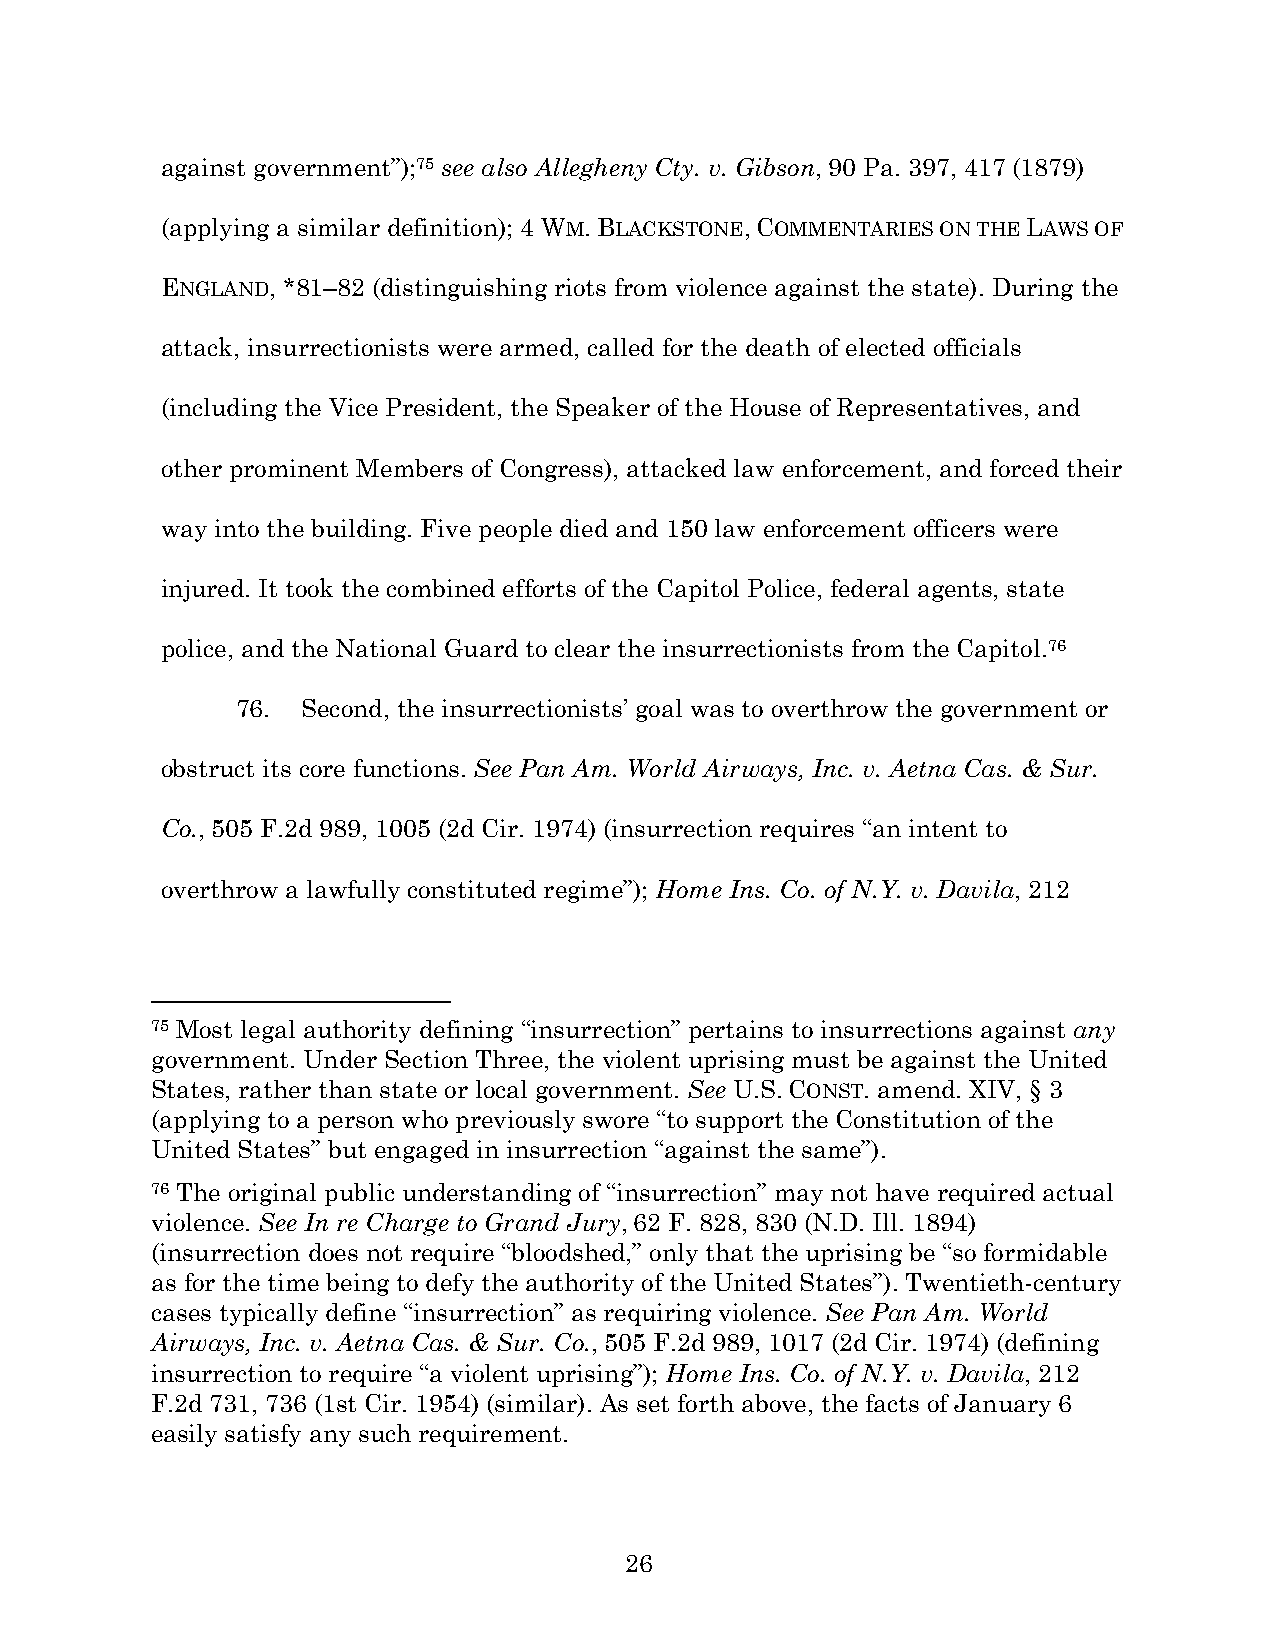
against government”);75 see also Allegheny Cty. v. Gibson, 90 Pa. 397, 417 (1879)
 (applying a similar definition); 4 WM. BLACKSTONE, COMMENTARIES ON THE LAWS OF
 ENGLAND, *81–82 (distinguishing riots from violence against the state). During the
 attack, insurrectionists were armed, called for the death of elected officials
 (including the Vice President, the Speaker of the House of Representatives, and
 other prominent Members of Congress), attacked law enforcement, and forced their
 way into the building. Five people died and 150 law enforcement officers were
 injured. It took the combined efforts of the Capitol Police, federal agents, state
 police, and the National Guard to clear the insurrectionists from the Capitol.76
 76. Second, the insurrectionists’ goal was to overthrow the government or
 obstruct its core functions. See Pan Am. World Airways, Inc. v. Aetna Cas. & Sur.
 Co., 505 F.2d 989, 1005 (2d Cir. 1974) (insurrection requires “an intent to
 overthrow a lawfully constituted regime”); Home Ins. Co. of N.Y. v. Davila, 212
 75 Most legal authority defining “insurrection” pertains to insurrections against any
 government. Under Section Three, the violent uprising must be against the United
 States, rather than state or local government. See U.S. CONST. amend. XIV, § 3
 (applying to a person who previously swore “to support the Constitution of the
 United States” but engaged in insurrection “against the same”).
 76 The original public understanding of “insurrection” may not have required actual
 violence. See In re Charge to Grand Jury, 62 F. 828, 830 (N.D. Ill. 1894)
 (insurrection does not require “bloodshed,” only that the uprising be “so formidable
 as for the time being to defy the authority of the United States”). Twentieth-century
 cases typically define “insurrection” as requiring violence. See Pan Am. World
 Airways, Inc. v. Aetna Cas. & Sur. Co., 505 F.2d 989, 1017 (2d Cir. 1974) (defining
 insurrection to require “a violent uprising”); Home Ins. Co. of N.Y. v. Davila, 212
 F.2d 731, 736 (1st Cir. 1954) (similar). As set forth above, the facts of January 6
 easily satisfy any such requirement.
 26